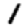
Digit: 1